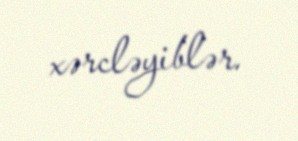
xərcləyiblər.